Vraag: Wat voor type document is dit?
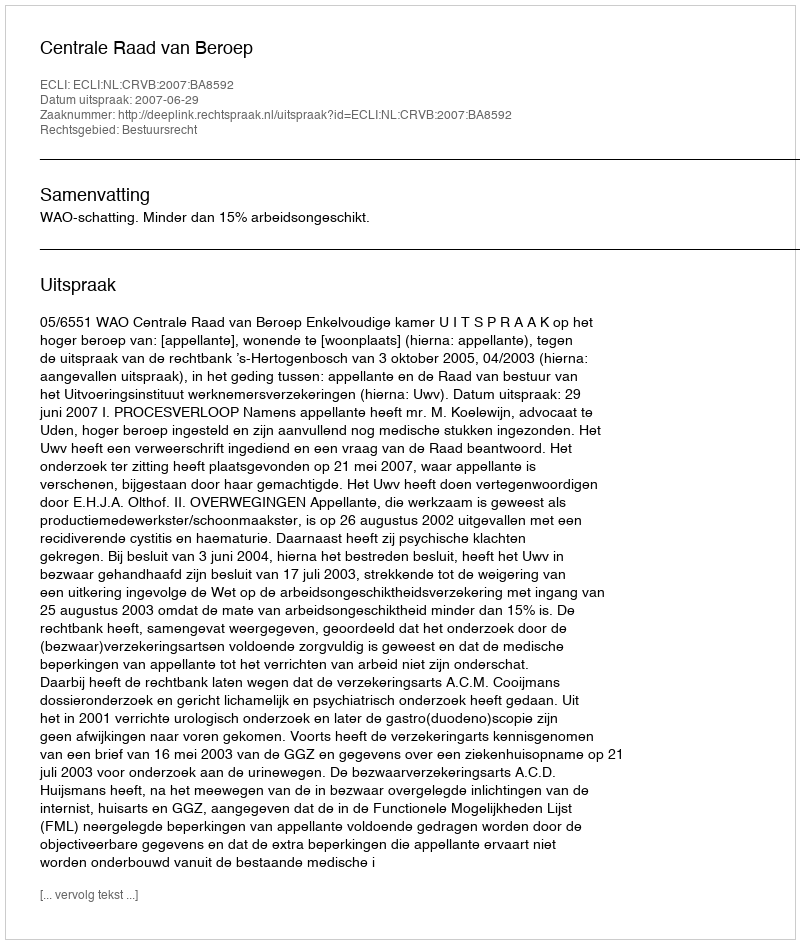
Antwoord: Uitspraak